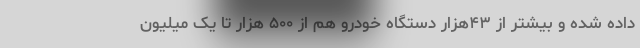
داده شده و بیشتر از ۴۳هزار دستگاه خودرو هم از ۵۰۰ هزار تا یک میلیون